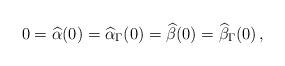
LaTeX: \begin{align*} 0 = \widehat\alpha(0)=\widehat\alpha_\Gamma(0)=\widehat\beta(0)=\widehat\beta_\Gamma(0)\,,\end{align*}